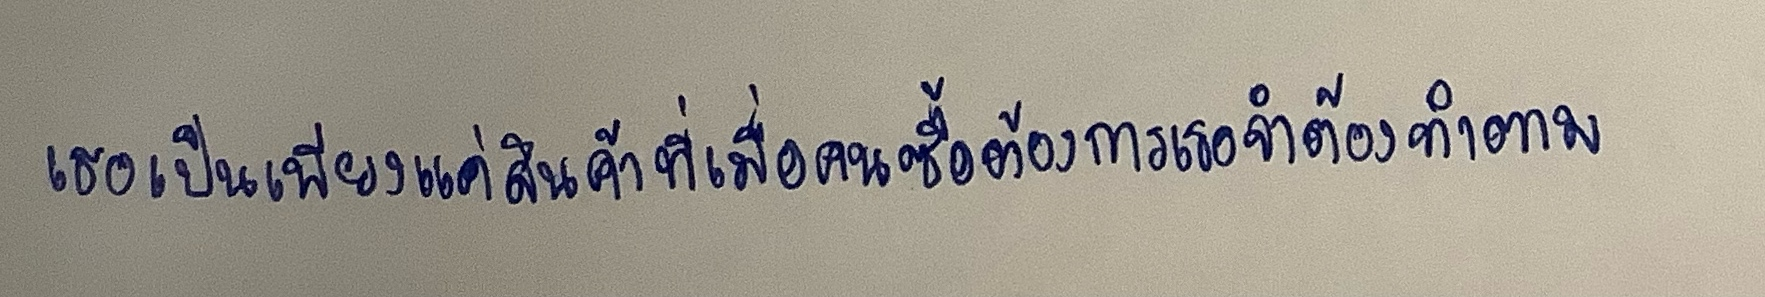
เธอเป็นเพียงแค่สินค้าที่เมื่อคนซื้อต้องการเธอจำต้องทำตาม